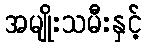
အမျိုးသမီးနှင့်